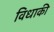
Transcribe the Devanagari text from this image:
विधाकी